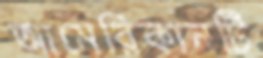
আমেরিকানটি